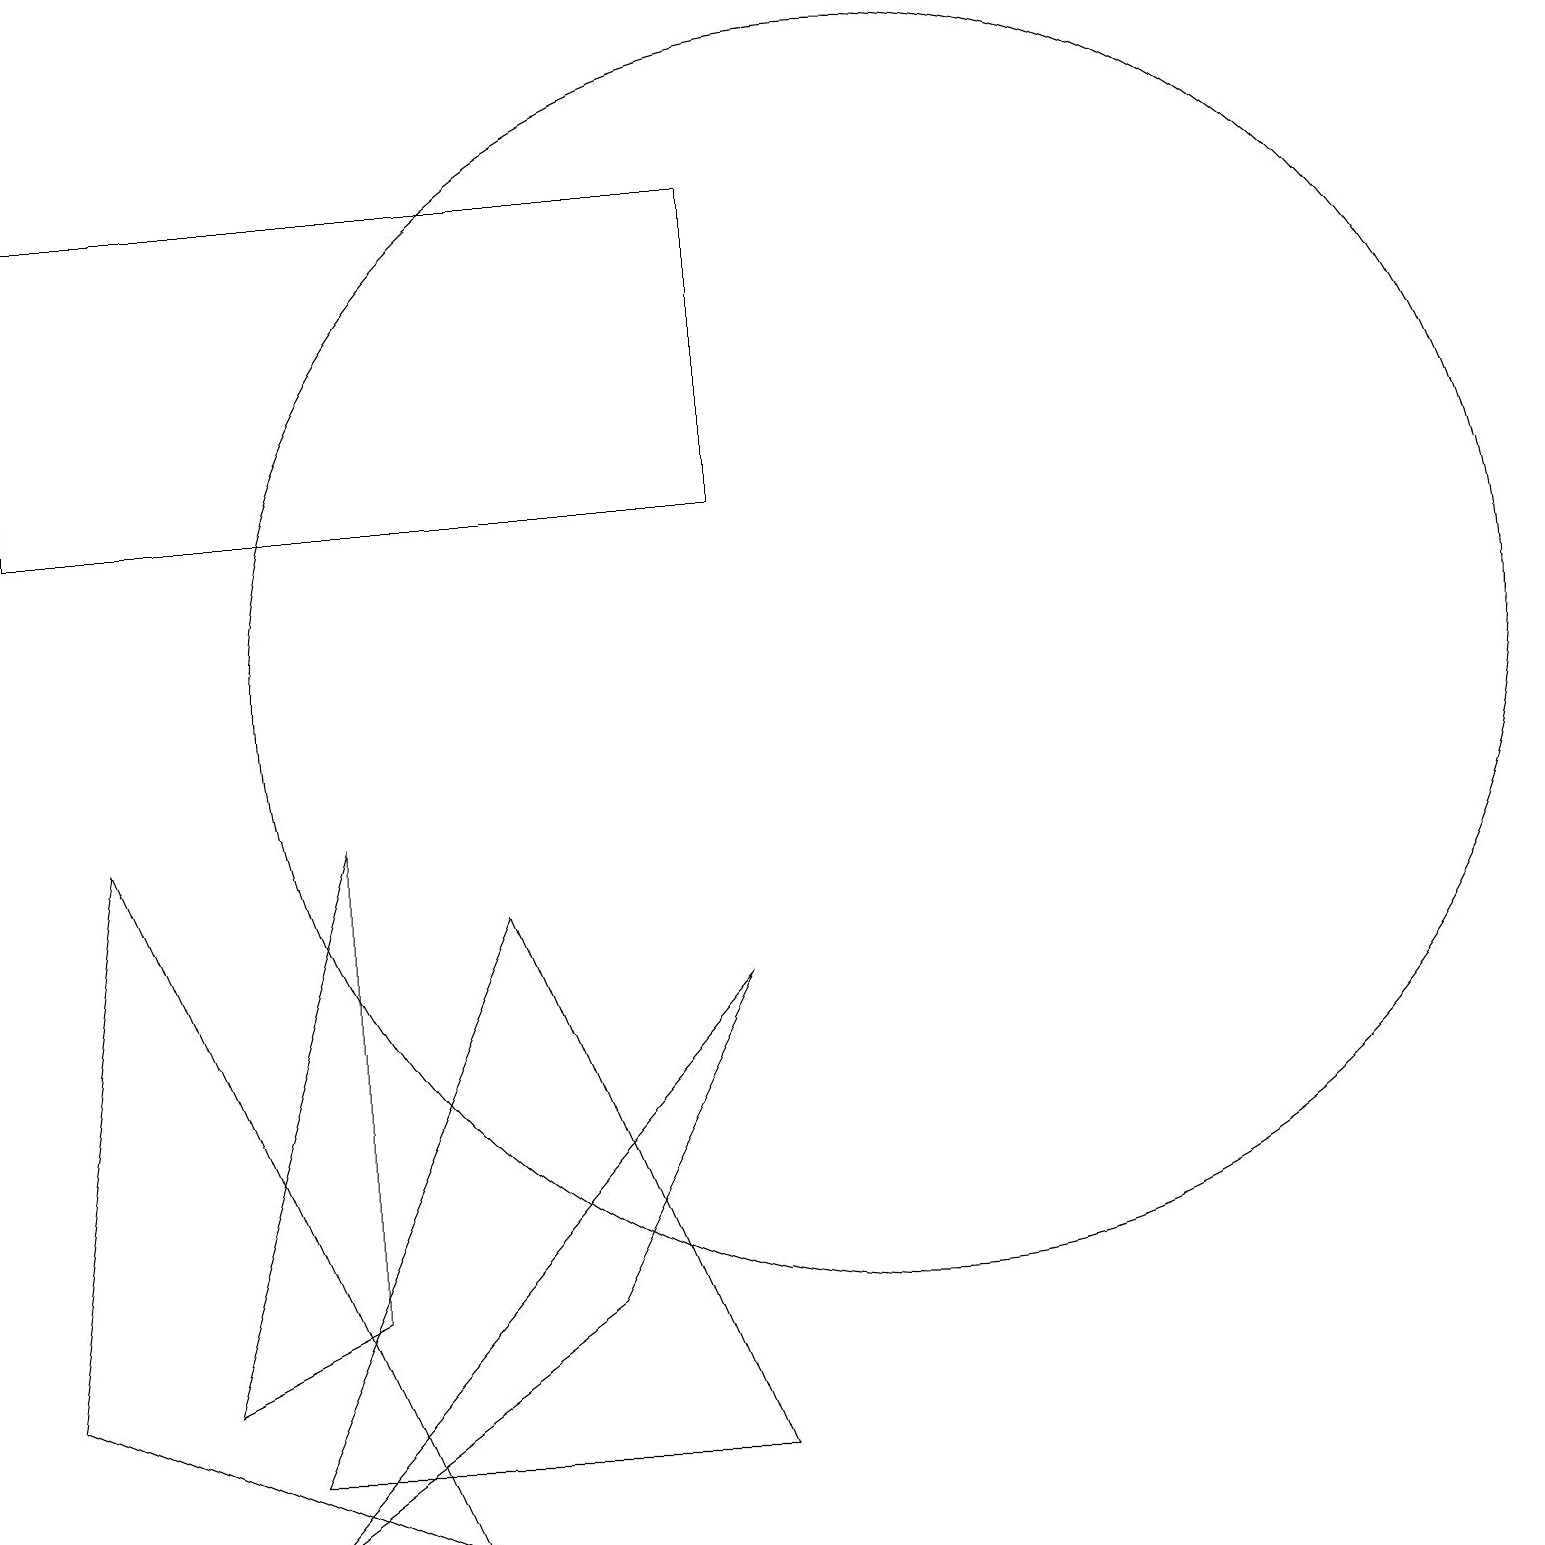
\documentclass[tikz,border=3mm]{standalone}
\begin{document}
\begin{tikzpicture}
\draw (3,0) -- (9,7) -- (7,3) -- cycle;
\draw (4,3) -- (4,9) -- (2,2) -- cycle;
\draw (11,11) circle (8);
\draw (0,17) rectangle (9,13);
\draw (6,8) -- (3,1) -- (9,1) -- cycle;
\draw (1,9) -- (5,0) -- (0,2) -- cycle;
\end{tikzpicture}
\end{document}